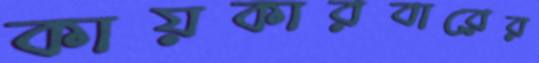
কায়কারবারের